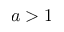
a > 1